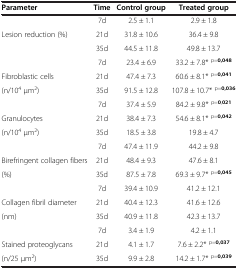
<table><thead><tr><td><b>Parameter</b></td><td><b>Time</b></td><td><b>Control group</b></td><td><b>Treated group</b></td></tr></thead><tbody><tr><td> </td><td>7d</td><td>2.5 ± 1.1</td><td>2.9 ± 1.8</td></tr><tr><td>Lesion reduction (%)</td><td>21d</td><td>31.8 ± 10.6</td><td>36.4 ± 9.8</td></tr><tr><td> </td><td>35d</td><td>44.5 ± 11.8</td><td>49.8 ± 13.7</td></tr><tr><td> </td><td>7d</td><td>23.4 ± 6.9</td><td>33.2 ± 7.8* <sup>p=<b>0,048</b></sup></td></tr><tr><td>Fibroblastic cells</td><td>21d</td><td>47.4 ± 7.3</td><td>60.6 ± 8.1* <sup>p=<b>0,041</b></sup></td></tr><tr><td>(n/10<sup>4</sup> μm<sup>2</sup>)</td><td>35d</td><td>91.5 ± 12.8</td><td>107.8 ± 10.7* <sup>p=<b>0,036</b></sup></td></tr><tr><td> </td><td>7d</td><td>37.4 ± 5.9</td><td>84.2 ± 9.8* <sup>p=<b>0</b>,<b>021</b></sup></td></tr><tr><td>Granulocytes</td><td>21d</td><td>38.4 ± 7.3</td><td>54.6 ± 8.1* <sup>p=<b>0,042</b></sup></td></tr><tr><td>(n/10<sup>4</sup> μm<sup>2</sup>)</td><td>35d</td><td>18.5 ± 3.8</td><td>19.8 ± 4.7</td></tr><tr><td> </td><td>7d</td><td>47.4 ± 11.9</td><td>44.2 ± 9.8</td></tr><tr><td>Birefringent collagen fibers</td><td>21d</td><td>48.4 ± 9.3</td><td>47.6 ± 8.1</td></tr><tr><td>(%)</td><td>35d</td><td>87.5 ± 7.8</td><td>69.3 ± 9.7* <sup>p=<b>0,045</b></sup></td></tr><tr><td> </td><td>7d</td><td>39.4 ± 10.9</td><td>41.2 ± 12.1</td></tr><tr><td>Collagen fibril diameter</td><td>21d</td><td>40.4 ± 12.3</td><td>41.6 ± 12.6</td></tr><tr><td>(nm)</td><td>35d</td><td>40.9 ± 11.8</td><td>42.3 ± 13.7</td></tr><tr><td> </td><td>7d</td><td>3.4 ± 1.9</td><td>4.2 ± 1.1</td></tr><tr><td>Stained proteoglycans</td><td>21d</td><td>4.1 ± 1.7</td><td>7.6 ± 2.2* <sup>p=<b>0,037</b></sup></td></tr><tr><td>(n/25 μm<sup>2</sup>)</td><td>35d</td><td>9.9 ± 2.8</td><td>14.2 ± 1.7* <sup>p=<b>0,039</b></sup></td></tr></tbody></table>